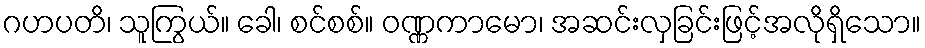
ဂဟပတိ၊ သူကြွယ်။ ခေါ၊ စင်စစ်။ ဝဏ္ဏကာမော၊ အဆင်းလှခြင်းဖြင့်အလိုရှိသော။